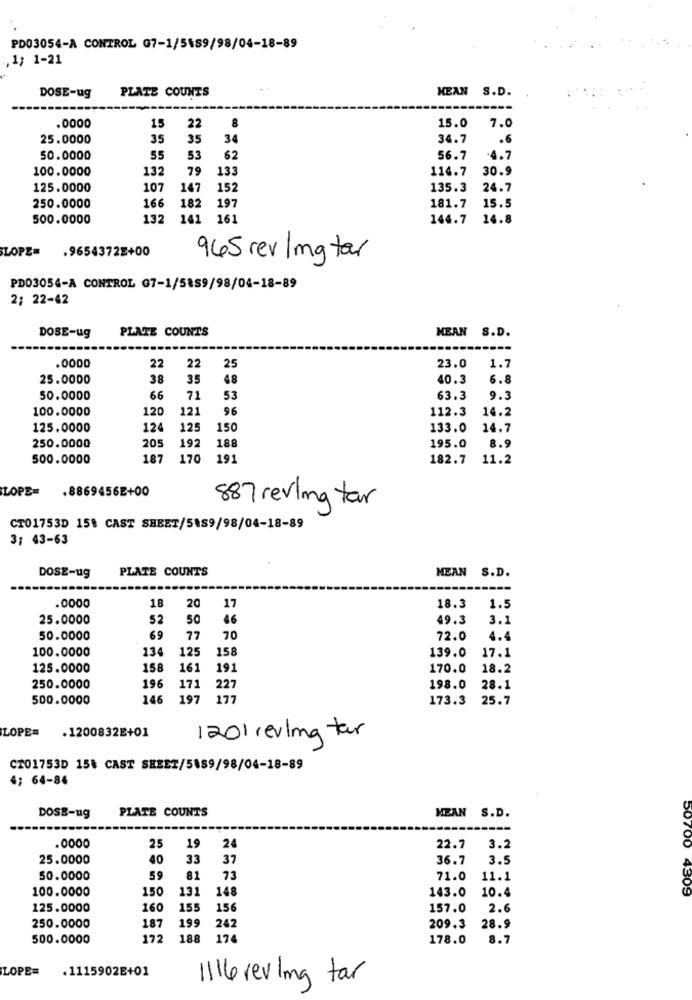
PD03054-A CONTROL G7-1/5489/98/04-18-89
,1; 1-21
MEAN S.D.
DOSE-ug
PLATE COUNTS
22
.0000
15
8
15.0 7.0
25.0000
35
35
34
34.7
.6
50.0000
55
53
62
56.7
.4.7
100.0000
132
79
133
114.7
30.9
125.0000
107
147
152
135.3
24.7
250.0000
166
182
197
181.7
15.5
500.0000
132
141
161
144.7
14.8
LOPE= . 9654372E+00
965 rev/ mg tar
PD03054-A CONTROL G7-1/5889/98/04-18-89
2; 22-42
PLATE COUNTS
MEAN S.D.
DOSE-ug
.0000
22
22
25
23.0
1.7
25.0000
38
35
48
40.3
6.8
50.0000
66
71
53
63.3
9.3
100.0000
120
121
96
112.3
14.2
125.0000
124
125
150
133.0
14.7
250.0000
205
192
188
195.0
8.9
500.0000
187
170
19
182.7
11.2
LOPE=
.8869456E+00
887 revling tar
CT01753D 15% CAST SHEET/5159/98/04-18-89
3: 43-63
PLATE COUNTS
MEAN S.D.
DOSE-ug
18
17
.0000
20
18.3
1.5
25.0000
52
50
46
49.3
3.1
50.0000
69
77
70
72.0
4.4
100.0000
134
125
158
139.0
17.1
125.0000
158
161
191
170.0
18.2
196
171
250.0000
227
198.0
28.1
500.0000
146
197
177
173.3
25.7
LOPER
1201 reving tar
.1200832E+01
CT01753D 15₺ CAST SHEET/5489/98/04-18-89
4; 64-84
PLATE COUNTS
MEAN S.D.
DOSB-ug
.0000
25
3.2
19
24
22.7
50700
25.0000
40
33
37
36.7
3.5
50.0000
59
81
73
71.0
11.1
100.0000
150
131
148
143.0
4309
10.4
125.0000
160
155
156
157.0
2.6
199
250.0000
187
242
209.3
28.9
500.0000
172
188
174
178.0
8.7
LOPE=
.1115902E+01
1116 reving tar